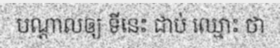
បណ្តាលឲ្យ ទីនេះ ជាប់ ឈ្មោះ ថា